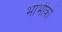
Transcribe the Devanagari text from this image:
भाभीको